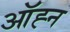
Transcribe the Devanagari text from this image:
ऑह्न